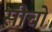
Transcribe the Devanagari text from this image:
सीचो